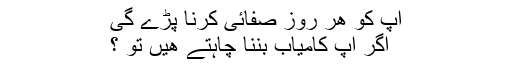
اپ کو هر روز صفائی کرنا پڑے گی
اگر اپ کامیاب بننا چاہتے هیں تو ؟